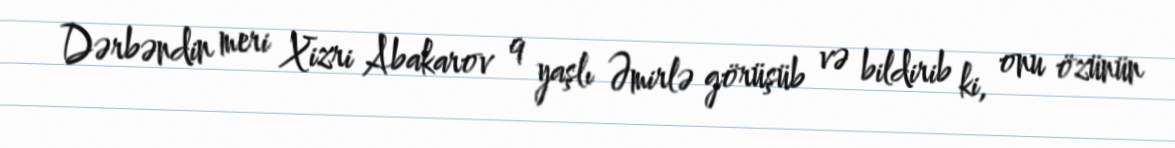
Dərbəndin meri Xizri Abakarov 9 yaşlı Əmirlə görüşüb və bildirib ki, onu özünün